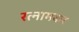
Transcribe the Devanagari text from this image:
रत्नामकर